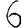
Digit: 6